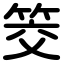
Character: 筊